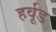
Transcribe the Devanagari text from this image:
हर्वूड